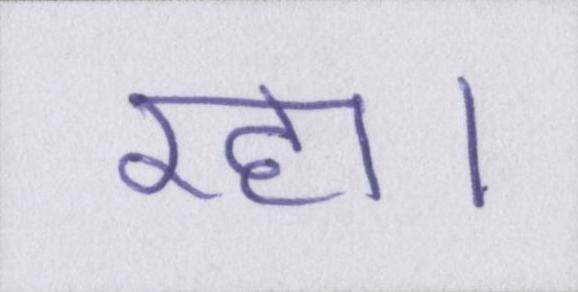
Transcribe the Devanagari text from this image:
रहा।